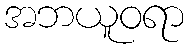
အဘယူဝရာ